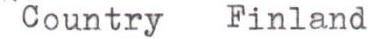
Country Finland